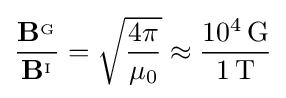
{\frac {\mathbf {B} ^{_{\mathrm {G} }}}{\mathbf {B} ^{_{\mathrm {I} }}}}={\sqrt {\frac {4\pi }{\mu _{0}}}}\approx {\frac {10^{4}\,\mathrm {G} }{1\,\mathrm {T} }}